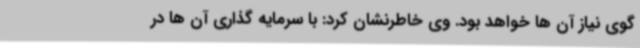
گوی نیاز آن ها خواهد بود. وی خاطرنشان کرد: با سرمایه گذاری آن ها در